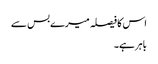
اس کا فیصلہ میرے بس سے
باہر ہے۔